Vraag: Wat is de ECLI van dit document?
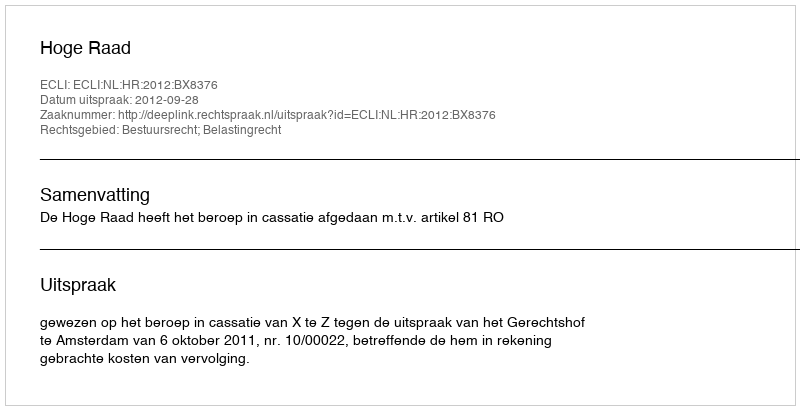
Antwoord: ECLI:NL:HR:2012:BX8376